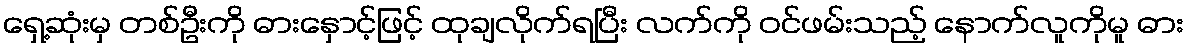
ရှေ့ဆုံးမှ တစ်ဦးကို ဓားနှောင့်ဖြင့် ထုချလိုက်ရပြီး လက်ကို ဝင်ဖမ်းသည့် နောက်လူကိုမူ ဓား